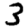
Digit: 3